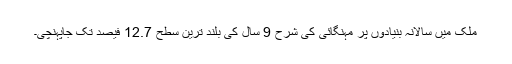
ملک میں سالانہ بنیادوں پر مہنگائی کی شرح 9 سال کی بلند ترین سطح 12.7 فیصد تک جاپہنچی۔